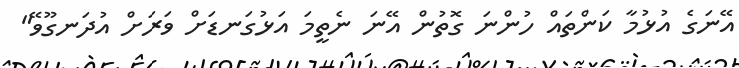
އޭނަގެ އުޅުމާ ކަންތައް ހުންނަ ގޮތުން އޭނަ ނެތީމަ އަޅުގަނޑަށް ވަރަށް އުދަނގޫވޭ"